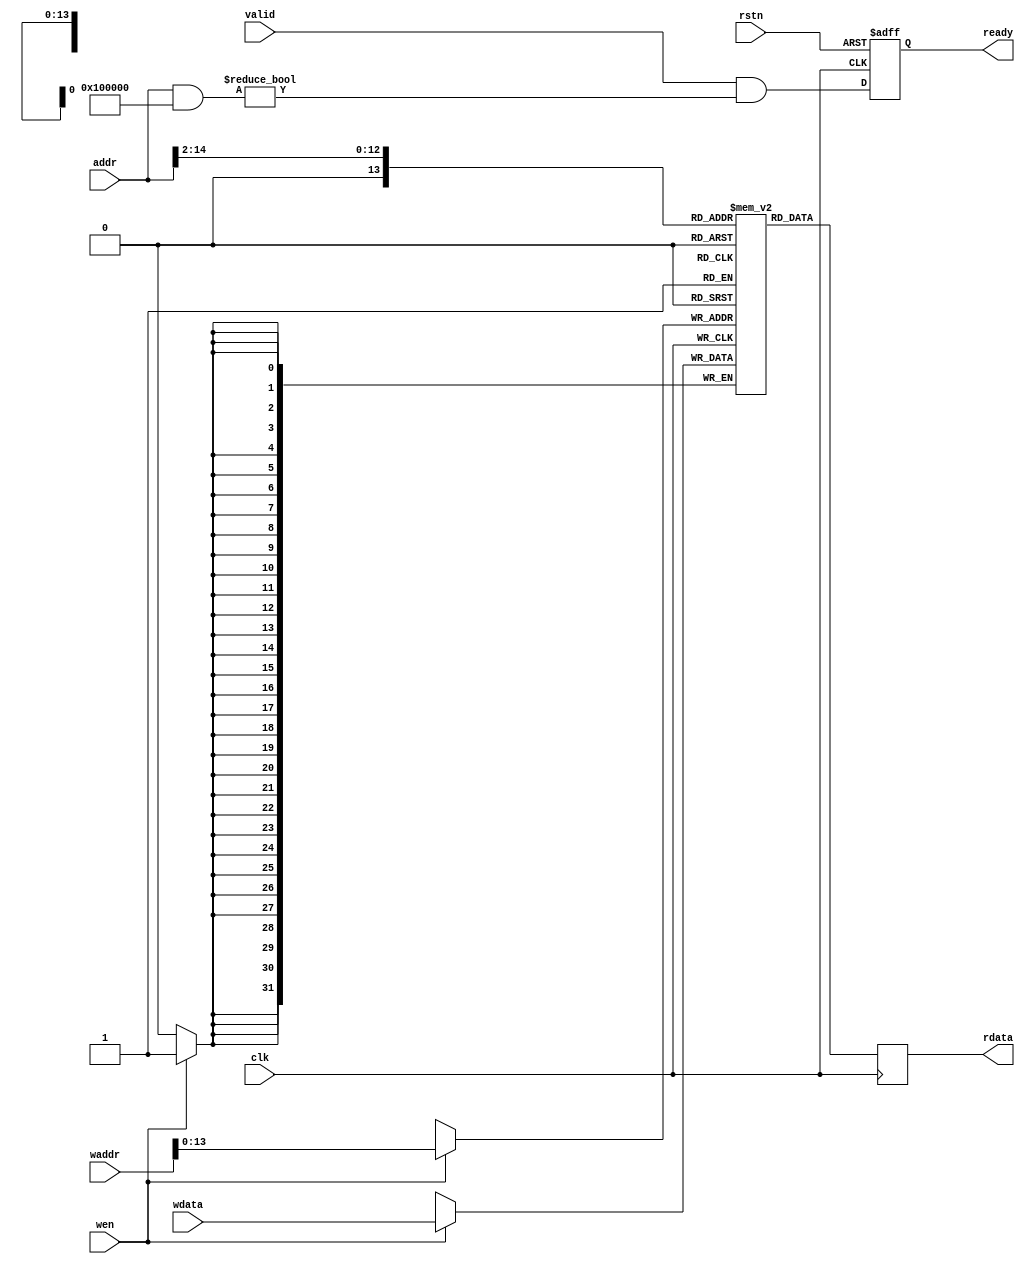

module progmem (
    // Clock & reset
    input wire clk,
    input wire rstn,

    // PicoRV32 bus interface
    input  wire        valid,
    output wire        ready,	
    input  wire [31:0] addr,
    output wire [31:0] rdata,
	// Rewrite firmware
    input  wire        wen,
	input  wire [31:0] waddr,
	input  wire [31:0] wdata
);

  // ============================================================================

  localparam MEM_SIZE_BITS = 13;  // In 32-bit words
  localparam MEM_SIZE = 1 << MEM_SIZE_BITS;
  localparam MEM_ADDR_MASK = 32'h0010_0000;

  // ============================================================================

  wire [MEM_SIZE_BITS-1:0] mem_addr;
  reg  [             31:0] mem_data;
  reg  [             31:0] mem      [0:MEM_SIZE];

  initial begin
    mem['h0000] <= 32'h00000093;
    mem['h0001] <= 32'h00000193;
    mem['h0002] <= 32'h00000213;
    mem['h0003] <= 32'h00000293;
    mem['h0004] <= 32'h00000313;
    mem['h0005] <= 32'h00000393;
    mem['h0006] <= 32'h00000413;
    mem['h0007] <= 32'h00000493;
    mem['h0008] <= 32'h00000513;
    mem['h0009] <= 32'h00000593;
    mem['h000A] <= 32'h00000613;
    mem['h000B] <= 32'h00000693;
    mem['h000C] <= 32'h00000713;
    mem['h000D] <= 32'h00000793;
    mem['h000E] <= 32'h00000813;
    mem['h000F] <= 32'h00000893;
    mem['h0010] <= 32'h00000913;
    mem['h0011] <= 32'h00000993;
    mem['h0012] <= 32'h00000A13;
    mem['h0013] <= 32'h00000A93;
    mem['h0014] <= 32'h00000B13;
    mem['h0015] <= 32'h00000B93;
    mem['h0016] <= 32'h00000C13;
    mem['h0017] <= 32'h00000C93;
    mem['h0018] <= 32'h00000D13;
    mem['h0019] <= 32'h00000D93;
    mem['h001A] <= 32'h00000E13;
    mem['h001B] <= 32'h00000E93;
    mem['h001C] <= 32'h00000F13;
    mem['h001D] <= 32'h00000F93;
    mem['h001E] <= 32'h00000513;
    mem['h001F] <= 32'h00000593;
    mem['h0020] <= 32'h00B52023;
    mem['h0021] <= 32'h00450513;
    mem['h0022] <= 32'hFE254CE3;
    mem['h0023] <= 32'h00001517;
    mem['h0024] <= 32'hBF050513;
    mem['h0025] <= 32'h00000593;
    mem['h0026] <= 32'h07400613;
    mem['h0027] <= 32'h00C5DC63;
    mem['h0028] <= 32'h00052683;
    mem['h0029] <= 32'h00D5A023;
    mem['h002A] <= 32'h00450513;
    mem['h002B] <= 32'h00458593;
    mem['h002C] <= 32'hFEC5C8E3;
    mem['h002D] <= 32'h07400513;
    mem['h002E] <= 32'h52800593;
    mem['h002F] <= 32'h00B55863;
    mem['h0030] <= 32'h00052023;
    mem['h0031] <= 32'h00450513;
    mem['h0032] <= 32'hFEB54CE3;
    mem['h0033] <= 32'h209000EF;
    mem['h0034] <= 32'h0000006F;
    mem['h0035] <= 32'hFE010113;
    mem['h0036] <= 32'h00812E23;
    mem['h0037] <= 32'h02010413;
    mem['h0038] <= 32'h00300793;
    mem['h0039] <= 32'hFEF406A3;
    mem['h003A] <= 32'hFE0407A3;
    mem['h003B] <= 32'h4A80006F;
    mem['h003C] <= 32'hFE040723;
    mem['h003D] <= 32'h4880006F;
    mem['h003E] <= 32'hFEF44703;
    mem['h003F] <= 32'h00070793;
    mem['h0040] <= 32'h00279793;
    mem['h0041] <= 32'h00E787B3;
    mem['h0042] <= 32'h00379793;
    mem['h0043] <= 32'h00078713;
    mem['h0044] <= 32'hFEE44783;
    mem['h0045] <= 32'h00F707B3;
    mem['h0046] <= 32'h00279713;
    mem['h0047] <= 32'h052007B7;
    mem['h0048] <= 32'h00F707B3;
    mem['h0049] <= 32'h00900713;
    mem['h004A] <= 32'h00E7A023;
    mem['h004B] <= 32'hFEF44703;
    mem['h004C] <= 32'hFED44783;
    mem['h004D] <= 32'h00F70A63;
    mem['h004E] <= 32'hFEF44703;
    mem['h004F] <= 32'hFED44783;
    mem['h0050] <= 32'h00478793;
    mem['h0051] <= 32'h00F71E63;
    mem['h0052] <= 32'hFEE44703;
    mem['h0053] <= 32'h00500793;
    mem['h0054] <= 32'h00E7F863;
    mem['h0055] <= 32'hFEE44703;
    mem['h0056] <= 32'h00800793;
    mem['h0057] <= 32'h02E7FC63;
    mem['h0058] <= 32'hFEE44703;
    mem['h0059] <= 32'h00600793;
    mem['h005A] <= 32'h00F70863;
    mem['h005B] <= 32'hFEE44703;
    mem['h005C] <= 32'h00800793;
    mem['h005D] <= 32'h04F71A63;
    mem['h005E] <= 32'hFEF44703;
    mem['h005F] <= 32'hFED44783;
    mem['h0060] <= 32'h04F76463;
    mem['h0061] <= 32'hFEF44703;
    mem['h0062] <= 32'hFED44783;
    mem['h0063] <= 32'h00478793;
    mem['h0064] <= 32'h02E7CC63;
    mem['h0065] <= 32'hFEF44703;
    mem['h0066] <= 32'h00070793;
    mem['h0067] <= 32'h00279793;
    mem['h0068] <= 32'h00E787B3;
    mem['h0069] <= 32'h00379793;
    mem['h006A] <= 32'h00078713;
    mem['h006B] <= 32'hFEE44783;
    mem['h006C] <= 32'h00F707B3;
    mem['h006D] <= 32'h00279713;
    mem['h006E] <= 32'h052007B7;
    mem['h006F] <= 32'h00F707B3;
    mem['h0070] <= 32'h00100713;
    mem['h0071] <= 32'h00E7A023;
    mem['h0072] <= 32'hFEF44703;
    mem['h0073] <= 32'hFED44783;
    mem['h0074] <= 32'h00F70A63;
    mem['h0075] <= 32'hFEF44703;
    mem['h0076] <= 32'hFED44783;
    mem['h0077] <= 32'h00278793;
    mem['h0078] <= 32'h00F71E63;
    mem['h0079] <= 32'hFEE44703;
    mem['h007A] <= 32'h00900793;
    mem['h007B] <= 32'h00E7F863;
    mem['h007C] <= 32'hFEE44703;
    mem['h007D] <= 32'h00C00793;
    mem['h007E] <= 32'h04E7FA63;
    mem['h007F] <= 32'hFEE44703;
    mem['h0080] <= 32'h00A00793;
    mem['h0081] <= 32'h02F71063;
    mem['h0082] <= 32'hFEF44703;
    mem['h0083] <= 32'hFED44783;
    mem['h0084] <= 32'h00F76A63;
    mem['h0085] <= 32'hFEF44703;
    mem['h0086] <= 32'hFED44783;
    mem['h0087] <= 32'h00478793;
    mem['h0088] <= 32'h02E7D663;
    mem['h0089] <= 32'hFEE44703;
    mem['h008A] <= 32'h00C00793;
    mem['h008B] <= 32'h04F71A63;
    mem['h008C] <= 32'hFEF44703;
    mem['h008D] <= 32'hFED44783;
    mem['h008E] <= 32'h04F76463;
    mem['h008F] <= 32'hFEF44703;
    mem['h0090] <= 32'hFED44783;
    mem['h0091] <= 32'h00278793;
    mem['h0092] <= 32'h02E7CC63;
    mem['h0093] <= 32'hFEF44703;
    mem['h0094] <= 32'h00070793;
    mem['h0095] <= 32'h00279793;
    mem['h0096] <= 32'h00E787B3;
    mem['h0097] <= 32'h00379793;
    mem['h0098] <= 32'h00078713;
    mem['h0099] <= 32'hFEE44783;
    mem['h009A] <= 32'h00F707B3;
    mem['h009B] <= 32'h00279713;
    mem['h009C] <= 32'h052007B7;
    mem['h009D] <= 32'h00F707B3;
    mem['h009E] <= 32'h00100713;
    mem['h009F] <= 32'h00E7A023;
    mem['h00A0] <= 32'hFEF44703;
    mem['h00A1] <= 32'hFED44783;
    mem['h00A2] <= 32'h02F70263;
    mem['h00A3] <= 32'hFEF44703;
    mem['h00A4] <= 32'hFED44783;
    mem['h00A5] <= 32'h00278793;
    mem['h00A6] <= 32'h00F70A63;
    mem['h00A7] <= 32'hFEF44703;
    mem['h00A8] <= 32'hFED44783;
    mem['h00A9] <= 32'h00478793;
    mem['h00AA] <= 32'h00F71E63;
    mem['h00AB] <= 32'hFEE44703;
    mem['h00AC] <= 32'h00D00793;
    mem['h00AD] <= 32'h00E7F863;
    mem['h00AE] <= 32'hFEE44703;
    mem['h00AF] <= 32'h01000793;
    mem['h00B0] <= 32'h02E7F663;
    mem['h00B1] <= 32'hFEE44703;
    mem['h00B2] <= 32'h00E00793;
    mem['h00B3] <= 32'h04F71A63;
    mem['h00B4] <= 32'hFEF44703;
    mem['h00B5] <= 32'hFED44783;
    mem['h00B6] <= 32'h04F76463;
    mem['h00B7] <= 32'hFEF44703;
    mem['h00B8] <= 32'hFED44783;
    mem['h00B9] <= 32'h00478793;
    mem['h00BA] <= 32'h02E7CC63;
    mem['h00BB] <= 32'hFEF44703;
    mem['h00BC] <= 32'h00070793;
    mem['h00BD] <= 32'h00279793;
    mem['h00BE] <= 32'h00E787B3;
    mem['h00BF] <= 32'h00379793;
    mem['h00C0] <= 32'h00078713;
    mem['h00C1] <= 32'hFEE44783;
    mem['h00C2] <= 32'h00F707B3;
    mem['h00C3] <= 32'h00279713;
    mem['h00C4] <= 32'h052007B7;
    mem['h00C5] <= 32'h00F707B3;
    mem['h00C6] <= 32'h00100713;
    mem['h00C7] <= 32'h00E7A023;
    mem['h00C8] <= 32'hFEF44703;
    mem['h00C9] <= 32'hFED44783;
    mem['h00CA] <= 32'h00F71E63;
    mem['h00CB] <= 32'hFEE44703;
    mem['h00CC] <= 32'h01100793;
    mem['h00CD] <= 32'h00E7F863;
    mem['h00CE] <= 32'hFEE44703;
    mem['h00CF] <= 32'h01400793;
    mem['h00D0] <= 32'h02E7FC63;
    mem['h00D1] <= 32'hFEE44703;
    mem['h00D2] <= 32'h01200793;
    mem['h00D3] <= 32'h00F70863;
    mem['h00D4] <= 32'hFEE44703;
    mem['h00D5] <= 32'h01400793;
    mem['h00D6] <= 32'h04F71A63;
    mem['h00D7] <= 32'hFEF44703;
    mem['h00D8] <= 32'hFED44783;
    mem['h00D9] <= 32'h04F76463;
    mem['h00DA] <= 32'hFEF44703;
    mem['h00DB] <= 32'hFED44783;
    mem['h00DC] <= 32'h00478793;
    mem['h00DD] <= 32'h02E7CC63;
    mem['h00DE] <= 32'hFEF44703;
    mem['h00DF] <= 32'h00070793;
    mem['h00E0] <= 32'h00279793;
    mem['h00E1] <= 32'h00E787B3;
    mem['h00E2] <= 32'h00379793;
    mem['h00E3] <= 32'h00078713;
    mem['h00E4] <= 32'hFEE44783;
    mem['h00E5] <= 32'h00F707B3;
    mem['h00E6] <= 32'h00279713;
    mem['h00E7] <= 32'h052007B7;
    mem['h00E8] <= 32'h00F707B3;
    mem['h00E9] <= 32'h00100713;
    mem['h00EA] <= 32'h00E7A023;
    mem['h00EB] <= 32'hFEE44703;
    mem['h00EC] <= 32'h01600793;
    mem['h00ED] <= 32'h00F70863;
    mem['h00EE] <= 32'hFEE44703;
    mem['h00EF] <= 32'h01800793;
    mem['h00F0] <= 32'h02F71863;
    mem['h00F1] <= 32'hFEF44703;
    mem['h00F2] <= 32'hFED44783;
    mem['h00F3] <= 32'h02F76263;
    mem['h00F4] <= 32'hFEF44703;
    mem['h00F5] <= 32'hFED44783;
    mem['h00F6] <= 32'h00478793;
    mem['h00F7] <= 32'h00E7CA63;
    mem['h00F8] <= 32'hFEF44703;
    mem['h00F9] <= 32'hFED44783;
    mem['h00FA] <= 32'h00278793;
    mem['h00FB] <= 32'h02F71063;
    mem['h00FC] <= 32'hFEE44703;
    mem['h00FD] <= 32'h01700793;
    mem['h00FE] <= 32'h04F71463;
    mem['h00FF] <= 32'hFEF44703;
    mem['h0100] <= 32'hFED44783;
    mem['h0101] <= 32'h00278793;
    mem['h0102] <= 32'h02F71C63;
    mem['h0103] <= 32'hFEF44703;
    mem['h0104] <= 32'h00070793;
    mem['h0105] <= 32'h00279793;
    mem['h0106] <= 32'h00E787B3;
    mem['h0107] <= 32'h00379793;
    mem['h0108] <= 32'h00078713;
    mem['h0109] <= 32'hFEE44783;
    mem['h010A] <= 32'h00F707B3;
    mem['h010B] <= 32'h00279713;
    mem['h010C] <= 32'h052007B7;
    mem['h010D] <= 32'h00F707B3;
    mem['h010E] <= 32'h00200713;
    mem['h010F] <= 32'h00E7A023;
    mem['h0110] <= 32'hFEF44703;
    mem['h0111] <= 32'hFED44783;
    mem['h0112] <= 32'h00F70A63;
    mem['h0113] <= 32'hFEF44703;
    mem['h0114] <= 32'hFED44783;
    mem['h0115] <= 32'h00478793;
    mem['h0116] <= 32'h00F71E63;
    mem['h0117] <= 32'hFEE44703;
    mem['h0118] <= 32'h01900793;
    mem['h0119] <= 32'h00E7F863;
    mem['h011A] <= 32'hFEE44703;
    mem['h011B] <= 32'h01C00793;
    mem['h011C] <= 32'h02E7F663;
    mem['h011D] <= 32'hFEE44703;
    mem['h011E] <= 32'h01A00793;
    mem['h011F] <= 32'h04F71A63;
    mem['h0120] <= 32'hFEF44703;
    mem['h0121] <= 32'hFED44783;
    mem['h0122] <= 32'h04F76463;
    mem['h0123] <= 32'hFEF44703;
    mem['h0124] <= 32'hFED44783;
    mem['h0125] <= 32'h00478793;
    mem['h0126] <= 32'h02E7CC63;
    mem['h0127] <= 32'hFEF44703;
    mem['h0128] <= 32'h00070793;
    mem['h0129] <= 32'h00279793;
    mem['h012A] <= 32'h00E787B3;
    mem['h012B] <= 32'h00379793;
    mem['h012C] <= 32'h00078713;
    mem['h012D] <= 32'hFEE44783;
    mem['h012E] <= 32'h00F707B3;
    mem['h012F] <= 32'h00279713;
    mem['h0130] <= 32'h052007B7;
    mem['h0131] <= 32'h00F707B3;
    mem['h0132] <= 32'h00200713;
    mem['h0133] <= 32'h00E7A023;
    mem['h0134] <= 32'hFEF44703;
    mem['h0135] <= 32'hFED44783;
    mem['h0136] <= 32'h00F71E63;
    mem['h0137] <= 32'hFEE44703;
    mem['h0138] <= 32'h01D00793;
    mem['h0139] <= 32'h00E7F863;
    mem['h013A] <= 32'hFEE44703;
    mem['h013B] <= 32'h02000793;
    mem['h013C] <= 32'h04E7F663;
    mem['h013D] <= 32'hFEE44703;
    mem['h013E] <= 32'h01F00793;
    mem['h013F] <= 32'h02F71263;
    mem['h0140] <= 32'hFED44783;
    mem['h0141] <= 32'h00178713;
    mem['h0142] <= 32'hFEF44783;
    mem['h0143] <= 32'h00F75A63;
    mem['h0144] <= 32'hFEF44703;
    mem['h0145] <= 32'hFED44783;
    mem['h0146] <= 32'h00478793;
    mem['h0147] <= 32'h02E7D063;
    mem['h0148] <= 32'hFEE44703;
    mem['h0149] <= 32'h02000793;
    mem['h014A] <= 32'h04F71463;
    mem['h014B] <= 32'hFEF44703;
    mem['h014C] <= 32'hFED44783;
    mem['h014D] <= 32'h00178793;
    mem['h014E] <= 32'h02F71C63;
    mem['h014F] <= 32'hFEF44703;
    mem['h0150] <= 32'h00070793;
    mem['h0151] <= 32'h00279793;
    mem['h0152] <= 32'h00E787B3;
    mem['h0153] <= 32'h00379793;
    mem['h0154] <= 32'h00078713;
    mem['h0155] <= 32'hFEE44783;
    mem['h0156] <= 32'h00F707B3;
    mem['h0157] <= 32'h00279713;
    mem['h0158] <= 32'h052007B7;
    mem['h0159] <= 32'h00F707B3;
    mem['h015A] <= 32'h00200713;
    mem['h015B] <= 32'h00E7A023;
    mem['h015C] <= 32'hFEE44783;
    mem['h015D] <= 32'h00178793;
    mem['h015E] <= 32'hFEF40723;
    mem['h015F] <= 32'hFEE44703;
    mem['h0160] <= 32'h02700793;
    mem['h0161] <= 32'hB6E7FAE3;
    mem['h0162] <= 32'hFEF44783;
    mem['h0163] <= 32'h00178793;
    mem['h0164] <= 32'hFEF407A3;
    mem['h0165] <= 32'hFEF44703;
    mem['h0166] <= 32'h01D00793;
    mem['h0167] <= 32'hB4E7FAE3;
    mem['h0168] <= 32'h00000013;
    mem['h0169] <= 32'h00000013;
    mem['h016A] <= 32'h01C12403;
    mem['h016B] <= 32'h02010113;
    mem['h016C] <= 32'h00008067;
    mem['h016D] <= 32'hFE010113;
    mem['h016E] <= 32'h00812E23;
    mem['h016F] <= 32'h02010413;
    mem['h0170] <= 32'h000017B7;
    mem['h0171] <= 32'hFFF78793;
    mem['h0172] <= 32'hFEF42623;
    mem['h0173] <= 32'hFE0405A3;
    mem['h0174] <= 32'h4E40006F;
    mem['h0175] <= 32'hFE040523;
    mem['h0176] <= 32'h4C40006F;
    mem['h0177] <= 32'hFE0404A3;
    mem['h0178] <= 32'h4A40006F;
    mem['h0179] <= 32'hFEB44783;
    mem['h017A] <= 32'h04079863;
    mem['h017B] <= 32'hFEA44783;
    mem['h017C] <= 32'h00078863;
    mem['h017D] <= 32'hFEA44703;
    mem['h017E] <= 32'h00100793;
    mem['h017F] <= 32'h00F71863;
    mem['h0180] <= 32'h22200793;
    mem['h0181] <= 32'hFEF42623;
    mem['h0182] <= 32'h4300006F;
    mem['h0183] <= 32'hFE944703;
    mem['h0184] <= 32'h01E00793;
    mem['h0185] <= 32'h00F70863;
    mem['h0186] <= 32'hFE944703;
    mem['h0187] <= 32'h01F00793;
    mem['h0188] <= 32'h00F71863;
    mem['h0189] <= 32'h11100793;
    mem['h018A] <= 32'hFEF42623;
    mem['h018B] <= 32'h40C0006F;
    mem['h018C] <= 32'hFE042623;
    mem['h018D] <= 32'h4040006F;
    mem['h018E] <= 32'hFEB44703;
    mem['h018F] <= 32'h00100793;
    mem['h0190] <= 32'h04F71C63;
    mem['h0191] <= 32'hFEA44783;
    mem['h0192] <= 32'h00078863;
    mem['h0193] <= 32'hFEA44703;
    mem['h0194] <= 32'h00100793;
    mem['h0195] <= 32'h00F71863;
    mem['h0196] <= 32'h08000793;
    mem['h0197] <= 32'hFEF42623;
    mem['h0198] <= 32'h3D80006F;
    mem['h0199] <= 32'hFE944703;
    mem['h019A] <= 32'h01E00793;
    mem['h019B] <= 32'h00F70863;
    mem['h019C] <= 32'hFE944703;
    mem['h019D] <= 32'h01F00793;
    mem['h019E] <= 32'h00F71863;
    mem['h019F] <= 32'h08000793;
    mem['h01A0] <= 32'hFEF42623;
    mem['h01A1] <= 32'h3B40006F;
    mem['h01A2] <= 32'h000017B7;
    mem['h01A3] <= 32'h8B478793;
    mem['h01A4] <= 32'hFEF42623;
    mem['h01A5] <= 32'h3A40006F;
    mem['h01A6] <= 32'hFEB44703;
    mem['h01A7] <= 32'h00200793;
    mem['h01A8] <= 32'h04F71A63;
    mem['h01A9] <= 32'hFEA44783;
    mem['h01AA] <= 32'h00078863;
    mem['h01AB] <= 32'hFEA44703;
    mem['h01AC] <= 32'h00100793;
    mem['h01AD] <= 32'h00F71863;
    mem['h01AE] <= 32'h00B00793;
    mem['h01AF] <= 32'hFEF42623;
    mem['h01B0] <= 32'h3780006F;
    mem['h01B1] <= 32'hFE944703;
    mem['h01B2] <= 32'h01E00793;
    mem['h01B3] <= 32'h00F70863;
    mem['h01B4] <= 32'hFE944703;
    mem['h01B5] <= 32'h01F00793;
    mem['h01B6] <= 32'h00F71863;
    mem['h01B7] <= 32'h00B00793;
    mem['h01B8] <= 32'hFEF42623;
    mem['h01B9] <= 32'h3540006F;
    mem['h01BA] <= 32'h00900793;
    mem['h01BB] <= 32'hFEF42623;
    mem['h01BC] <= 32'h3480006F;
    mem['h01BD] <= 32'hFEB44703;
    mem['h01BE] <= 32'h00300793;
    mem['h01BF] <= 32'h06F71063;
    mem['h01C0] <= 32'hFEA44783;
    mem['h01C1] <= 32'h00078863;
    mem['h01C2] <= 32'hFEA44703;
    mem['h01C3] <= 32'h00100793;
    mem['h01C4] <= 32'h00F71A63;
    mem['h01C5] <= 32'h000017B7;
    mem['h01C6] <= 32'hA0078793;
    mem['h01C7] <= 32'hFEF42623;
    mem['h01C8] <= 32'h3180006F;
    mem['h01C9] <= 32'hFE944703;
    mem['h01CA] <= 32'h01E00793;
    mem['h01CB] <= 32'h00F70863;
    mem['h01CC] <= 32'hFE944703;
    mem['h01CD] <= 32'h01F00793;
    mem['h01CE] <= 32'h00F71A63;
    mem['h01CF] <= 32'h000017B7;
    mem['h01D0] <= 32'hB0078793;
    mem['h01D1] <= 32'hFEF42623;
    mem['h01D2] <= 32'h2F00006F;
    mem['h01D3] <= 32'h000017B7;
    mem['h01D4] <= 32'hF0078793;
    mem['h01D5] <= 32'hFEF42623;
    mem['h01D6] <= 32'h2E00006F;
    mem['h01D7] <= 32'hFEB44703;
    mem['h01D8] <= 32'h00400793;
    mem['h01D9] <= 32'h06F71063;
    mem['h01DA] <= 32'hFEA44783;
    mem['h01DB] <= 32'h00078863;
    mem['h01DC] <= 32'hFEA44703;
    mem['h01DD] <= 32'h00100793;
    mem['h01DE] <= 32'h00F71A63;
    mem['h01DF] <= 32'h000017B7;
    mem['h01E0] <= 32'hFD878793;
    mem['h01E1] <= 32'hFEF42623;
    mem['h01E2] <= 32'h2B00006F;
    mem['h01E3] <= 32'hFE944703;
    mem['h01E4] <= 32'h01E00793;
    mem['h01E5] <= 32'h00F70863;
    mem['h01E6] <= 32'hFE944703;
    mem['h01E7] <= 32'h01F00793;
    mem['h01E8] <= 32'h00F71A63;
    mem['h01E9] <= 32'h000017B7;
    mem['h01EA] <= 32'hFD478793;
    mem['h01EB] <= 32'hFEF42623;
    mem['h01EC] <= 32'h2880006F;
    mem['h01ED] <= 32'h000017B7;
    mem['h01EE] <= 32'hFF078793;
    mem['h01EF] <= 32'hFEF42623;
    mem['h01F0] <= 32'h2780006F;
    mem['h01F1] <= 32'hFEB44703;
    mem['h01F2] <= 32'h00500793;
    mem['h01F3] <= 32'h04F71A63;
    mem['h01F4] <= 32'hFEA44783;
    mem['h01F5] <= 32'h00078863;
    mem['h01F6] <= 32'hFEA44703;
    mem['h01F7] <= 32'h00100793;
    mem['h01F8] <= 32'h00F71863;
    mem['h01F9] <= 32'h75D00793;
    mem['h01FA] <= 32'hFEF42623;
    mem['h01FB] <= 32'h24C0006F;
    mem['h01FC] <= 32'hFE944703;
    mem['h01FD] <= 32'h01E00793;
    mem['h01FE] <= 32'h00F70863;
    mem['h01FF] <= 32'hFE944703;
    mem['h0200] <= 32'h01F00793;
    mem['h0201] <= 32'h00F71863;
    mem['h0202] <= 32'h74D00793;
    mem['h0203] <= 32'hFEF42623;
    mem['h0204] <= 32'h2280006F;
    mem['h0205] <= 32'h70D00793;
    mem['h0206] <= 32'hFEF42623;
    mem['h0207] <= 32'h21C0006F;
    mem['h0208] <= 32'hFEB44703;
    mem['h0209] <= 32'h00600793;
    mem['h020A] <= 32'h06F71063;
    mem['h020B] <= 32'hFEA44783;
    mem['h020C] <= 32'h00078863;
    mem['h020D] <= 32'hFEA44703;
    mem['h020E] <= 32'h00100793;
    mem['h020F] <= 32'h00F71A63;
    mem['h0210] <= 32'h000017B7;
    mem['h0211] <= 32'hFAF78793;
    mem['h0212] <= 32'hFEF42623;
    mem['h0213] <= 32'h1EC0006F;
    mem['h0214] <= 32'hFE944703;
    mem['h0215] <= 32'h01E00793;
    mem['h0216] <= 32'h00F70863;
    mem['h0217] <= 32'hFE944703;
    mem['h0218] <= 32'h01F00793;
    mem['h0219] <= 32'h00F71A63;
    mem['h021A] <= 32'h000017B7;
    mem['h021B] <= 32'hF6F78793;
    mem['h021C] <= 32'hFEF42623;
    mem['h021D] <= 32'h1C40006F;
    mem['h021E] <= 32'h000017B7;
    mem['h021F] <= 32'hF0F78793;
    mem['h0220] <= 32'hFEF42623;
    mem['h0221] <= 32'h1B40006F;
    mem['h0222] <= 32'hFEB44703;
    mem['h0223] <= 32'h00700793;
    mem['h0224] <= 32'h06F71063;
    mem['h0225] <= 32'hFEA44783;
    mem['h0226] <= 32'h00078863;
    mem['h0227] <= 32'hFEA44703;
    mem['h0228] <= 32'h00100793;
    mem['h0229] <= 32'h00F71A63;
    mem['h022A] <= 32'h000017B7;
    mem['h022B] <= 32'hFB078793;
    mem['h022C] <= 32'hFEF42623;
    mem['h022D] <= 32'h1840006F;
    mem['h022E] <= 32'hFE944703;
    mem['h022F] <= 32'h01E00793;
    mem['h0230] <= 32'h00F70863;
    mem['h0231] <= 32'hFE944703;
    mem['h0232] <= 32'h01F00793;
    mem['h0233] <= 32'h00F71A63;
    mem['h0234] <= 32'h000017B7;
    mem['h0235] <= 32'hF9078793;
    mem['h0236] <= 32'hFEF42623;
    mem['h0237] <= 32'h15C0006F;
    mem['h0238] <= 32'h000017B7;
    mem['h0239] <= 32'hFA078793;
    mem['h023A] <= 32'hFEF42623;
    mem['h023B] <= 32'h14C0006F;
    mem['h023C] <= 32'hFEB44703;
    mem['h023D] <= 32'h00800793;
    mem['h023E] <= 32'h00F71863;
    mem['h023F] <= 32'h0A000793;
    mem['h0240] <= 32'hFEF42623;
    mem['h0241] <= 32'h1340006F;
    mem['h0242] <= 32'hFEB44703;
    mem['h0243] <= 32'h00900793;
    mem['h0244] <= 32'h04F71E63;
    mem['h0245] <= 32'hFE944703;
    mem['h0246] <= 32'h01E00793;
    mem['h0247] <= 32'h00F70863;
    mem['h0248] <= 32'hFE944703;
    mem['h0249] <= 32'h01F00793;
    mem['h024A] <= 32'h00F71A63;
    mem['h024B] <= 32'h000017B7;
    mem['h024C] <= 32'hCCC78793;
    mem['h024D] <= 32'hFEF42623;
    mem['h024E] <= 32'h1000006F;
    mem['h024F] <= 32'hFEA44783;
    mem['h0250] <= 32'h00078863;
    mem['h0251] <= 32'hFEA44703;
    mem['h0252] <= 32'h00100793;
    mem['h0253] <= 32'h00F71863;
    mem['h0254] <= 32'h11100793;
    mem['h0255] <= 32'hFEF42623;
    mem['h0256] <= 32'h0E00006F;
    mem['h0257] <= 32'h000017B7;
    mem['h0258] <= 32'hAAA78793;
    mem['h0259] <= 32'hFEF42623;
    mem['h025A] <= 32'h0D00006F;
    mem['h025B] <= 32'hFEB44703;
    mem['h025C] <= 32'h00A00793;
    mem['h025D] <= 32'h04F71A63;
    mem['h025E] <= 32'hFEA44783;
    mem['h025F] <= 32'h00078863;
    mem['h0260] <= 32'hFEA44703;
    mem['h0261] <= 32'h00100793;
    mem['h0262] <= 32'h00F71863;
    mem['h0263] <= 32'h00B00793;
    mem['h0264] <= 32'hFEF42623;
    mem['h0265] <= 32'h0A40006F;
    mem['h0266] <= 32'hFE944703;
    mem['h0267] <= 32'h01E00793;
    mem['h0268] <= 32'h00F70863;
    mem['h0269] <= 32'hFE944703;
    mem['h026A] <= 32'h01F00793;
    mem['h026B] <= 32'h00F71863;
    mem['h026C] <= 32'h00B00793;
    mem['h026D] <= 32'hFEF42623;
    mem['h026E] <= 32'h0800006F;
    mem['h026F] <= 32'h00700793;
    mem['h0270] <= 32'hFEF42623;
    mem['h0271] <= 32'h0740006F;
    mem['h0272] <= 32'hFEB44703;
    mem['h0273] <= 32'h00B00793;
    mem['h0274] <= 32'h00F71A63;
    mem['h0275] <= 32'h000017B7;
    mem['h0276] <= 32'hAA078793;
    mem['h0277] <= 32'hFEF42623;
    mem['h0278] <= 32'h0580006F;
    mem['h0279] <= 32'hFEB44703;
    mem['h027A] <= 32'h00C00793;
    mem['h027B] <= 32'h00F71863;
    mem['h027C] <= 32'h0AA00793;
    mem['h027D] <= 32'hFEF42623;
    mem['h027E] <= 32'h0400006F;
    mem['h027F] <= 32'hFEB44703;
    mem['h0280] <= 32'h00D00793;
    mem['h0281] <= 32'h00F71A63;
    mem['h0282] <= 32'h000017B7;
    mem['h0283] <= 32'hA0A78793;
    mem['h0284] <= 32'hFEF42623;
    mem['h0285] <= 32'h0240006F;
    mem['h0286] <= 32'hFEB44703;
    mem['h0287] <= 32'h00E00793;
    mem['h0288] <= 32'h00F71A63;
    mem['h0289] <= 32'h000017B7;
    mem['h028A] <= 32'hFFF78793;
    mem['h028B] <= 32'hFEF42623;
    mem['h028C] <= 32'h0080006F;
    mem['h028D] <= 32'hFE042623;
    mem['h028E] <= 32'hFEB44703;
    mem['h028F] <= 32'h00070793;
    mem['h0290] <= 32'h00179793;
    mem['h0291] <= 32'h00E787B3;
    mem['h0292] <= 32'h00379793;
    mem['h0293] <= 32'h00078713;
    mem['h0294] <= 32'hFEA44783;
    mem['h0295] <= 32'h00F707B3;
    mem['h0296] <= 32'h00579713;
    mem['h0297] <= 32'hFE944783;
    mem['h0298] <= 32'h00F707B3;
    mem['h0299] <= 32'h00279713;
    mem['h029A] <= 32'h051007B7;
    mem['h029B] <= 32'h00F707B3;
    mem['h029C] <= 32'hFEC42703;
    mem['h029D] <= 32'h00E7A023;
    mem['h029E] <= 32'hFE944783;
    mem['h029F] <= 32'h00178793;
    mem['h02A0] <= 32'hFEF404A3;
    mem['h02A1] <= 32'hFE944703;
    mem['h02A2] <= 32'h01F00793;
    mem['h02A3] <= 32'hB4E7FCE3;
    mem['h02A4] <= 32'hFEA44783;
    mem['h02A5] <= 32'h00178793;
    mem['h02A6] <= 32'hFEF40523;
    mem['h02A7] <= 32'hFEA44703;
    mem['h02A8] <= 32'h01700793;
    mem['h02A9] <= 32'hB2E7FCE3;
    mem['h02AA] <= 32'hFEB44783;
    mem['h02AB] <= 32'h00178793;
    mem['h02AC] <= 32'hFEF405A3;
    mem['h02AD] <= 32'hFEB44703;
    mem['h02AE] <= 32'h00F00793;
    mem['h02AF] <= 32'hB0E7FCE3;
    mem['h02B0] <= 32'h00000013;
    mem['h02B1] <= 32'h00000013;
    mem['h02B2] <= 32'h01C12403;
    mem['h02B3] <= 32'h02010113;
    mem['h02B4] <= 32'h00008067;
    mem['h02B5] <= 32'hFE010113;
    mem['h02B6] <= 32'h00112E23;
    mem['h02B7] <= 32'h00812C23;
    mem['h02B8] <= 32'h02010413;
    mem['h02B9] <= 32'h020007B7;
    mem['h02BA] <= 32'h00478793;
    mem['h02BB] <= 32'h0D900713;
    mem['h02BC] <= 32'h00E7A023;
    mem['h02BD] <= 32'h001017B7;
    mem['h02BE] <= 32'hC5878513;
    mem['h02BF] <= 32'h08C000EF;
    mem['h02C0] <= 32'hFE0407A3;
    mem['h02C1] <= 32'hFE040723;
    mem['h02C2] <= 32'hFE0406A3;
    mem['h02C3] <= 32'hFE040623;
    mem['h02C4] <= 32'hFE0405A3;
    mem['h02C5] <= 32'h030007B7;
    mem['h02C6] <= 32'h0007A023;
    mem['h02C7] <= 32'hA99FF0EF;
    mem['h02C8] <= 32'hDB4FF0EF;
    mem['h02C9] <= 32'h00000013;
    mem['h02CA] <= 32'h01C12083;
    mem['h02CB] <= 32'h01812403;
    mem['h02CC] <= 32'h02010113;
    mem['h02CD] <= 32'h00008067;
    mem['h02CE] <= 32'hFE010113;
    mem['h02CF] <= 32'h00112E23;
    mem['h02D0] <= 32'h00812C23;
    mem['h02D1] <= 32'h02010413;
    mem['h02D2] <= 32'h00050793;
    mem['h02D3] <= 32'hFEF407A3;
    mem['h02D4] <= 32'hFEF44703;
    mem['h02D5] <= 32'h00A00793;
    mem['h02D6] <= 32'h00F71663;
    mem['h02D7] <= 32'h00D00513;
    mem['h02D8] <= 32'hFD9FF0EF;
    mem['h02D9] <= 32'h020007B7;
    mem['h02DA] <= 32'h00878793;
    mem['h02DB] <= 32'hFEF44703;
    mem['h02DC] <= 32'h00E7A023;
    mem['h02DD] <= 32'h00000013;
    mem['h02DE] <= 32'h01C12083;
    mem['h02DF] <= 32'h01812403;
    mem['h02E0] <= 32'h02010113;
    mem['h02E1] <= 32'h00008067;
    mem['h02E2] <= 32'hFE010113;
    mem['h02E3] <= 32'h00112E23;
    mem['h02E4] <= 32'h00812C23;
    mem['h02E5] <= 32'h02010413;
    mem['h02E6] <= 32'hFEA42623;
    mem['h02E7] <= 32'h01C0006F;
    mem['h02E8] <= 32'hFEC42783;
    mem['h02E9] <= 32'h00178713;
    mem['h02EA] <= 32'hFEE42623;
    mem['h02EB] <= 32'h0007C783;
    mem['h02EC] <= 32'h00078513;
    mem['h02ED] <= 32'hF85FF0EF;
    mem['h02EE] <= 32'hFEC42783;
    mem['h02EF] <= 32'h0007C783;
    mem['h02F0] <= 32'hFE0790E3;
    mem['h02F1] <= 32'h00000013;
    mem['h02F2] <= 32'h00000013;
    mem['h02F3] <= 32'h01C12083;
    mem['h02F4] <= 32'h01812403;
    mem['h02F5] <= 32'h02010113;
    mem['h02F6] <= 32'h00008067;
    mem['h02F7] <= 32'hFD010113;
    mem['h02F8] <= 32'h02812623;
    mem['h02F9] <= 32'h03010413;
    mem['h02FA] <= 32'hFCA42E23;
    mem['h02FB] <= 32'hFCB42C23;
    mem['h02FC] <= 32'hFD842783;
    mem['h02FD] <= 32'hFFF78793;
    mem['h02FE] <= 32'h00279793;
    mem['h02FF] <= 32'hFEF42623;
    mem['h0300] <= 32'h03C0006F;
    mem['h0301] <= 32'hFEC42783;
    mem['h0302] <= 32'hFDC42703;
    mem['h0303] <= 32'h00F757B3;
    mem['h0304] <= 32'h00F7F793;
    mem['h0305] <= 32'h00101737;
    mem['h0306] <= 32'hC6870713;
    mem['h0307] <= 32'h00F707B3;
    mem['h0308] <= 32'h0007C703;
    mem['h0309] <= 32'h020007B7;
    mem['h030A] <= 32'h00878793;
    mem['h030B] <= 32'h00E7A023;
    mem['h030C] <= 32'hFEC42783;
    mem['h030D] <= 32'hFFC78793;
    mem['h030E] <= 32'hFEF42623;
    mem['h030F] <= 32'hFEC42783;
    mem['h0310] <= 32'hFC07D2E3;
    mem['h0311] <= 32'h00000013;
    mem['h0312] <= 32'h00000013;
    mem['h0313] <= 32'h02C12403;
    mem['h0314] <= 32'h03010113;
    mem['h0315] <= 32'h00008067;
    mem['h0316] <= 32'h72746554;
    mem['h0317] <= 32'h72615369;
    mem['h0318] <= 32'h0A216A61;
    mem['h0319] <= 32'h00000000;
    mem['h031A] <= 32'h33323130;
    mem['h031B] <= 32'h37363534;
    mem['h031C] <= 32'h42413938;
    mem['h031D] <= 32'h46454443;
    mem['h031E] <= 32'h00000000;
    mem['h031F] <= 32'h01010101;
    mem['h0320] <= 32'h00000000;
    mem['h0321] <= 32'h00000000;
    mem['h0322] <= 32'h00000000;
    mem['h0323] <= 32'h00010000;
    mem['h0324] <= 32'h00010100;
    mem['h0325] <= 32'h00010000;
    mem['h0326] <= 32'h00000000;
    mem['h0327] <= 32'h00000000;
    mem['h0328] <= 32'h00010100;
    mem['h0329] <= 32'h00010100;
    mem['h032A] <= 32'h00000000;
    mem['h032B] <= 32'h00010000;
    mem['h032C] <= 32'h00010100;
    mem['h032D] <= 32'h00000100;
    mem['h032E] <= 32'h00000000;
    mem['h032F] <= 32'h00000100;
    mem['h0330] <= 32'h00010100;
    mem['h0331] <= 32'h00010000;
    mem['h0332] <= 32'h00000000;
    mem['h0333] <= 32'h00000100;
    mem['h0334] <= 32'h00000100;
    mem['h0335] <= 32'h00010100;
    mem['h0336] <= 32'h00000000;
    mem['h0337] <= 32'h00010000;
    mem['h0338] <= 32'h00010000;
    mem['h0339] <= 32'h00010100;
    mem['h033A] <= 32'h00000000;
    mem['h033B] <= 32'h00002710;

  end

  always @(posedge clk) mem_data <= mem[mem_addr];

  // ============================================================================

  reg o_ready;

  always @(posedge clk or negedge rstn)
    if (!rstn) o_ready <= 1'd0;
    else o_ready <= valid && ((addr & MEM_ADDR_MASK) != 0);

  // Output connectins
  assign ready    = o_ready;
  assign rdata    = mem_data;
  assign mem_addr = addr[MEM_SIZE_BITS+1:2];

  always @(posedge clk) begin    
    if (wen) mem[waddr] <= wdata;				
  end

endmodule